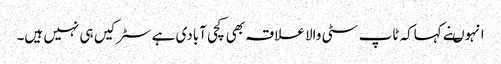
انہوںنے کہاکہ ٹاپ سٹی والا علاقہ بھی کچی آبادی ہے سٹرکیں ہی نہیں ہیں۔